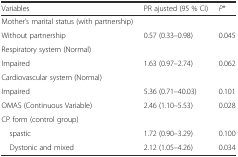
<table><thead><tr><td><b>Variables</b></td><td><b>PR ajusted (95 % CI)</b></td><td><b><i>P</i>*</b></td></tr></thead><tbody><tr><td>Mother’s marital status (with partnership)</td><td></td><td></td></tr><tr><td>Without partnership</td><td>0.57 (0.33–0.98)</td><td>0.045</td></tr><tr><td>Respiratory system (Normal)</td><td></td><td></td></tr><tr><td>Impaired</td><td>1.63 (0.97–2.74)</td><td>0.062</td></tr><tr><td>Cardiovascular system (Normal)</td><td></td><td></td></tr><tr><td>Impaired</td><td>5.36 (0.71–40.03)</td><td>0.101</td></tr><tr><td>OMAS (Continuous Variable)</td><td>2.46 (1.10–5.53)</td><td>0.028</td></tr><tr><td>CP form (control group)</td><td></td><td></td></tr><tr><td> spastic</td><td>1.72 (0.90–3.29)</td><td>0.100</td></tr><tr><td> Dystonic and mixed</td><td>2.12 (1.05–4.26)</td><td>0.034</td></tr></tbody></table>